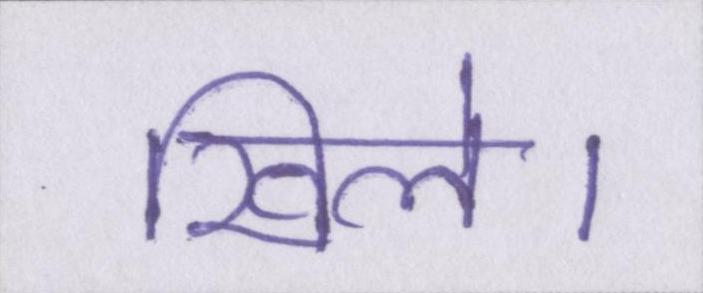
खिले।